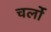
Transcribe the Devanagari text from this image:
चर्लो